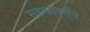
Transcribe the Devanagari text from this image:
सहस्रावर्तने